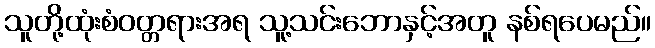
သူတို့ထုံးစံဝတ္တရားအရ သူ့သင်းဘောနှင့်အတူ နစ်ရပေမည်။